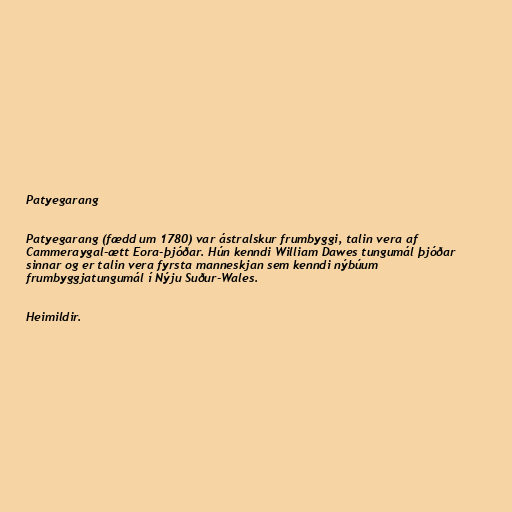
Patyegarang

Patyegarang (fædd um 1780) var ástralskur frumbyggi, talin vera af
Cammeraygal-ætt Eora-þjóðar. Hún kenndi William Dawes tungumál þjóðar
sinnar og er talin vera fyrsta manneskjan sem kenndi nýbúum
frumbyggjatungumál í Nýju Suður-Wales.

Heimildir.